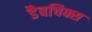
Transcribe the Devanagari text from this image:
डैबचिक्स